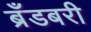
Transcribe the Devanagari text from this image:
ब्रँडबरी